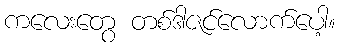
ကလေးတွေ တစ်ဒါဇင်လောက်ပေါ့။